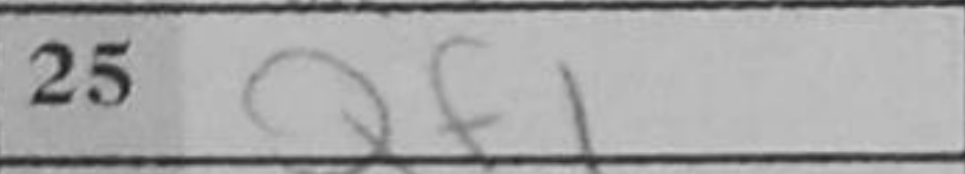
Transcription: Qf1